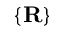
\{ \bf R \}